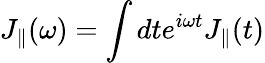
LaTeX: J_{\parallel}(\omega)=\int dte^{i\omega t}J_{\parallel}(t)